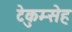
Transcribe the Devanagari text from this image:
टेकुम्सेह